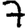
Digit: 7